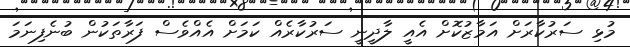
މުޅި ސަރުކާރަށް އަމާޒުކޮށް އެއީ ލާދީނީ ސަރުކާރެއް ކަމަށް އެއްވެސް ފަރާތަކުން ބުނެފިނަމަ